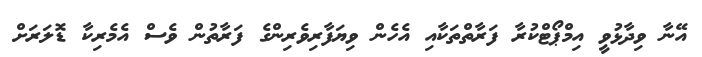
އޭނާ ވިދާޅުވީ އިމްޕޯޓްކުރާ ފަރާތްތަކާއި އެހެން ވިޔަފާރިވެރިންގެ ފަރާތުން ވެސް އެމެރިކާ ޑޮލަރަށް